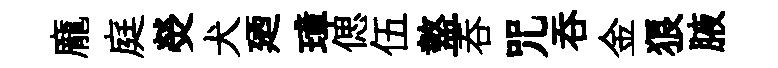
龐庭熒犬廼璋偲伍盩呑咒吞金狼腋